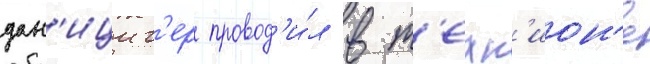
дан'ициг'ер провод'и́л в т'ехн'ион'е